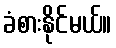
ခံစားနိုင်မယ်။